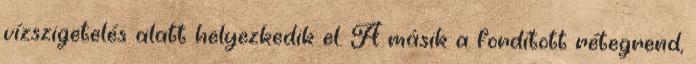
vízszigetelés alatt helyezkedik el. A másik a fordított rétegrend,